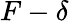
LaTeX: F-\delta